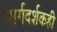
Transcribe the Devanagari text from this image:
मार्गदर्शकही